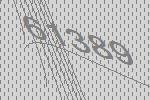
61389